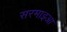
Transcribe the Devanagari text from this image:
सरमाइआ